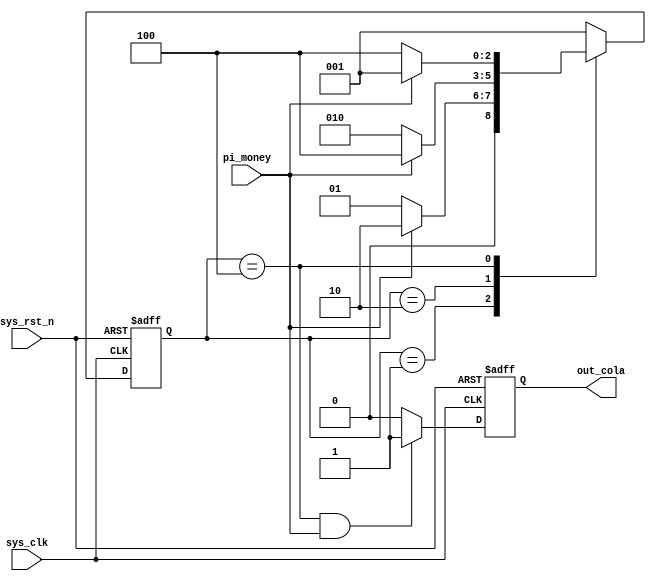
module simple_fsm
(
        input       wire        sys_clk,
        input       wire        sys_rst_n,
        input       wire        pi_money,
        
        output      reg         out_cola
);

parameter       IDLE = 3'b001; // one-hot encoding
parameter       ONE  = 3'b010; // one-hot encoding
parameter       TWO  = 3'b100; // one-hot encoding

reg     [2:0]   STATE; // because we using the one-hot encoding, so how many states needs how many bit width.

always @ (posedge sys_clk or negedge sys_rst_n)
    if (sys_rst_n == 1'b0)
        STATE <= IDLE;
    else case (STATE) // using STATE to be case condition, if state condition is met durin each state, the state change to next, if not, keeping state.
        IDLE:   if (pi_money == 1'b1)
                    STATE <= ONE;
                else
                    STATE <= IDLE;
        ONE:    if (pi_money == 1'b1)
                    STATE <= TWO;
                else
                    STATE <= ONE;
        TWO:    if (pi_money == 1'b1)
                    STATE <= IDLE;
                else
                    STATE <= TWO;
    default STATE <= IDLE;
    endcase
    
always @ (posedge sys_clk or negedge sys_rst_n)
    if (sys_rst_n == 1'b0)
        out_cola <= 1'b0;
    else if ((STATE == TWO) && (pi_money == 1'b1))// when 2 coins are inserted already then inserting 1 coin to machine, coke will be out.
        out_cola <= 1'b1;
    else
        out_cola <= 1'b0;
endmodule